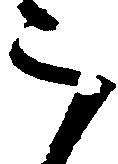
被